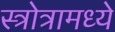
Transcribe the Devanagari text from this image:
स्त्रोत्रामध्ये